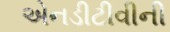
એનડીટીવીની